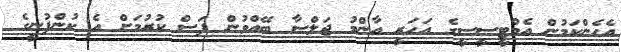
އެހެންކަމުން އެމްޓީސީސީގެ އަހަރީ އާންމު ޖަލްސާ ބޭއްވުން ފަސް ކުރުމަށް އެ ކުންފުނީގެ